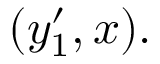
( y _ { 1 } ^ { \prime } , x ) .